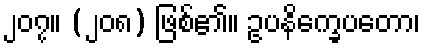
၂၀၇။ (၂၀၈) ဖြစ်၏။ ဥပနိက္ခေပတော၊